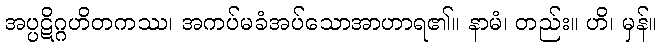
အပ္ပဋိဂ္ဂဟိတကဿ၊ အကပ်မခံအပ်သောအာဟာရ၏။ နာမံ၊ တည်း။ ဟိ၊ မှန်။